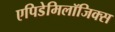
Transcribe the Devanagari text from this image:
एपिडेमिलॉजिक्स